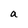
Character: a